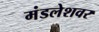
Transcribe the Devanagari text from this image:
मंडलेशवर